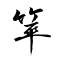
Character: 箤